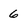
Character: 6